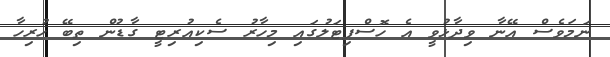
ނަމަވެސް އޭނާ ވިދާޅުވީ އެ ހޮސްޕިޓަލުގައި މިހާރު ސެކިއުރިޓީ ގާޑުން ތިބޭ ހުރިހާ